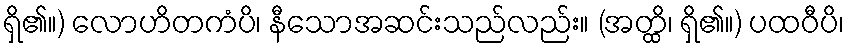
ရှိ၏။) လောဟိတကံပိ၊ နီသောအဆင်းသည်လည်း။ (အတ္ထိ၊ ရှိ၏။) ပထဝီပိ၊